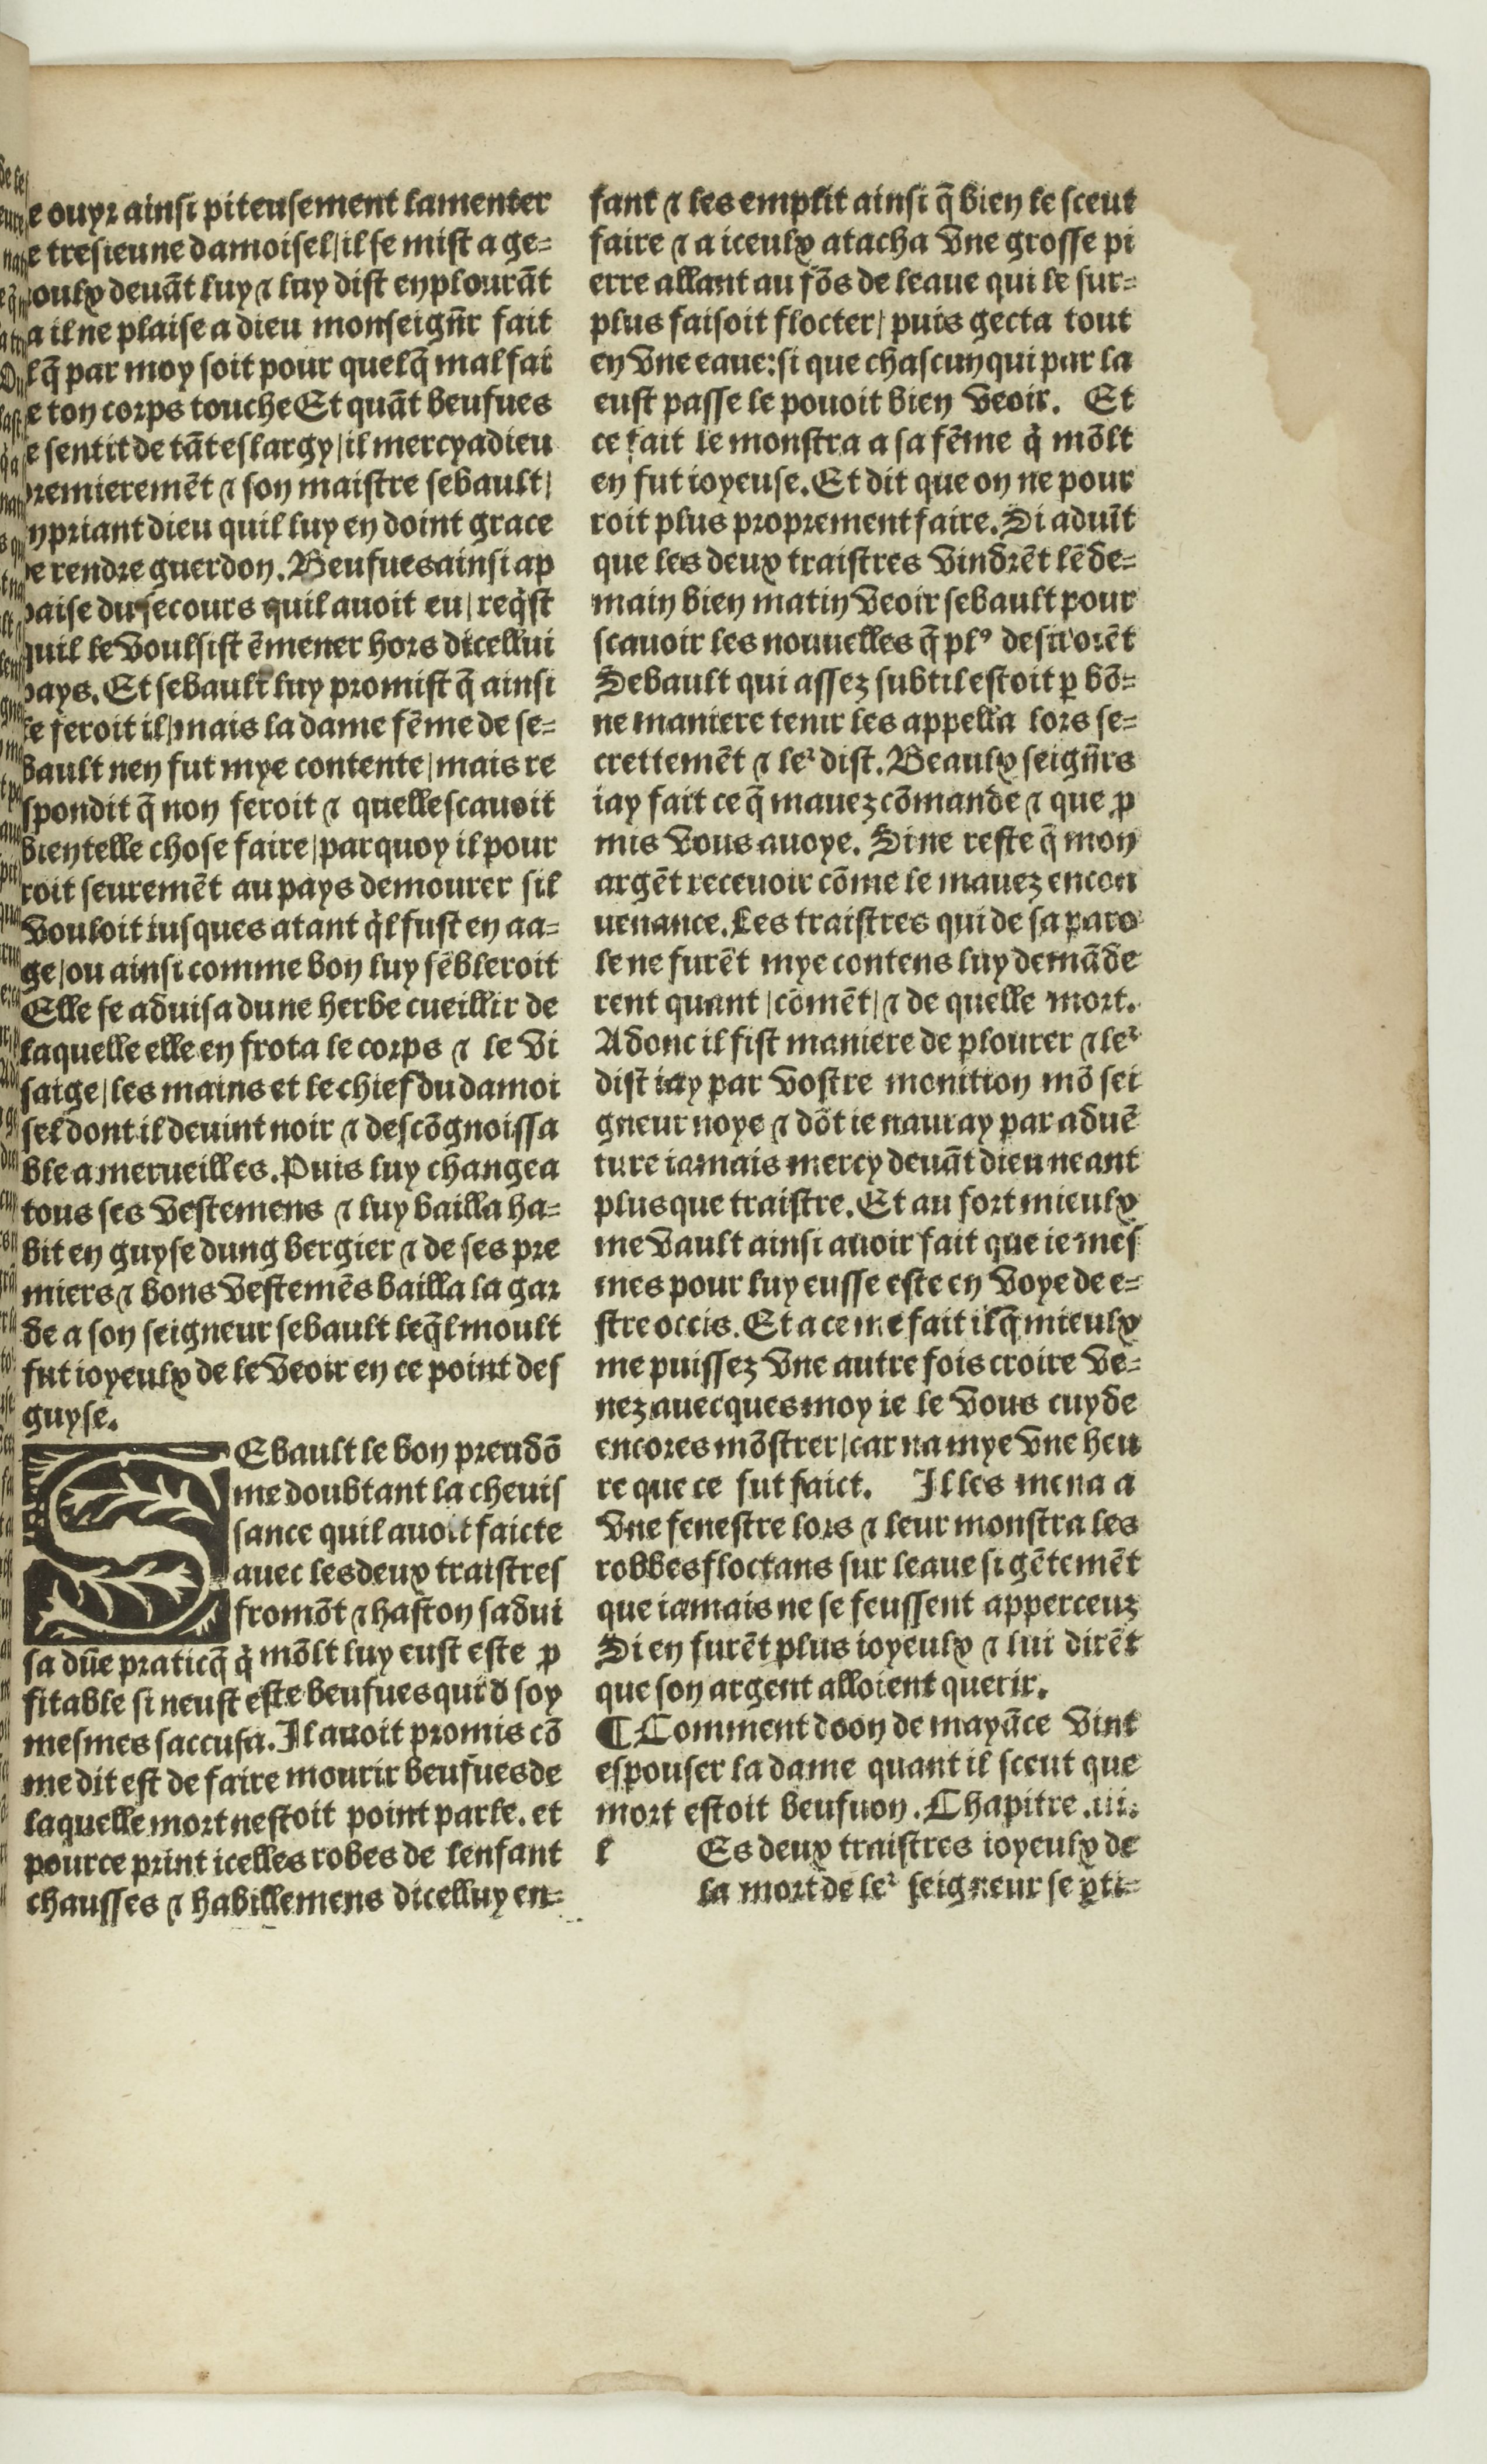
Shelfmark: Paris, BnF, Rés. Y2-674
Century: 16